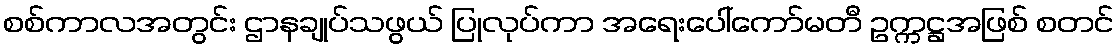
စစ်ကာလအတွင်း ဌာနချုပ်သဖွယ် ပြုလုပ်ကာ အရေးပေါ်ကော်မတီ ဥက္ကဋ္ဌအဖြစ် စတင်